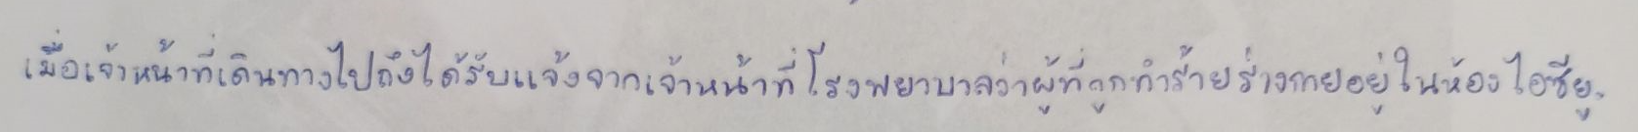
เมื่อเจ้าหน้าที่เดินทางไปถึงได้รับแจ้งจากเจ้าหน้าที่โรงพยาบาลว่าผู้ที่ถูกทำร้ายร่างกายอยู่ในห้อง ไอซียู.